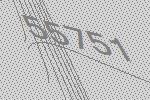
55751